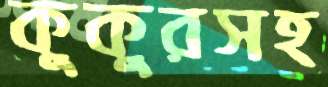
কুকুরসহ